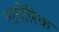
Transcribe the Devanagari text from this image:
नागोरिक